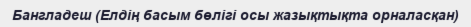
Бангладеш (Елдің басым бөлігі осы жазықтықта орналасқан)